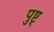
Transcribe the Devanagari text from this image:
पुष्ट्